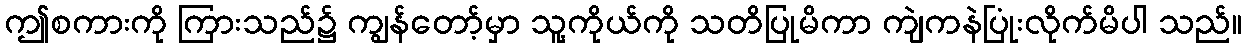
ဤစကားကို ကြားသည်၌ ကျွန်တော့်မှာ သူ့ကိုယ်ကို သတိပြုမိကာ ကျဲကနဲပြုံးလိုက်မိပါ သည်။